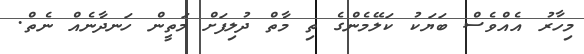
މިހާރު އެއްވެސް ބަޔަކު ކަލޭމެންގެ ތި މާތް ދުލިފަށް މަތީން ހަނދާނެއް ނެތް.